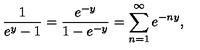
\frac { 1 } { e ^ { y } - 1 } = \frac { e ^ { - y } } { 1 - e ^ { - y } } = \sum _ { n = 1 } ^ { \infty } e ^ { - n y } ,